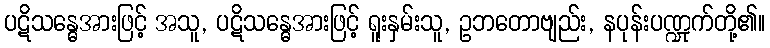
ပဋိသန္ဓေအားဖြင့် အသူ, ပဋိသန္ဓေအားဖြင့် ရူးနှမ်းသူ, ဥဘတောဗျည်း, နပုန်းပဏ္ဍုက်တို့၏။